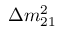
\Delta m _ { 2 1 } ^ { 2 }